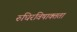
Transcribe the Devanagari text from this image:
रुधिरविषाक्तता